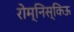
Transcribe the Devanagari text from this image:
रोम्निस्किऊ